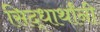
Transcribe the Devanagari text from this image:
सिद्धार्थांनी